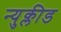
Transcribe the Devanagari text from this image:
न्युक्लीड